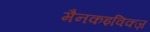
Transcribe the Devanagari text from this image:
मैनकइविक्ज़